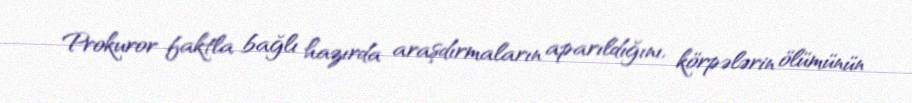
Prokuror faktla bağlı hazırda araşdırmaların aparıldığını, körpələrin ölümünün